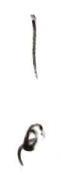
!